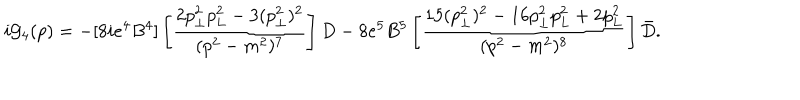
i { \cal G } _ { 4 } ( p ) = - [ 8 i e ^ { 4 } B ^ { 4 } ] \left[ { \frac { 2 p _ { \bot } ^ { 2 } p _ { L } ^ { 2 } - 3 ( p _ { \bot } ^ { 2 } ) ^ { 2 } } { ( p ^ { 2 } - m ^ { 2 } ) ^ { 7 } } } \right] D - 8 e ^ { 5 } B ^ { 5 } \left[ { \frac { 1 5 ( p _ { \bot } ^ { 2 } ) ^ { 2 } - 1 6 p _ { \bot } ^ { 2 } p _ { L } ^ { 2 } + 2 p _ { L } ^ { 2 } } { ( p ^ { 2 } - m ^ { 2 } ) ^ { 8 } } } \right] \bar { D } .